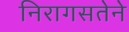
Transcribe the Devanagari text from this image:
निरागसतेने